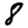
Digit: 8